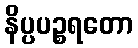
နိပ္ပပဉ္စရတော